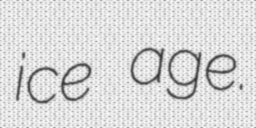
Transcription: ice age.